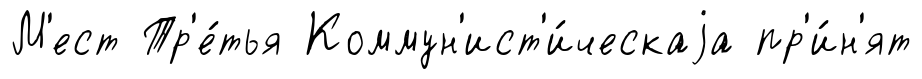
М'ест Тр'е́тья Коммун'ист'и́ческаjа пр'и́н'ят